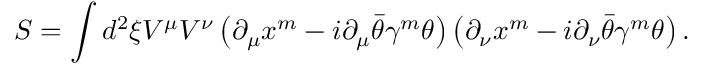
S = \int d ^ { 2 } \xi V ^ { \mu } V ^ { \nu } \left( \partial _ { \mu } x ^ { m } - i \partial _ { \mu } \bar { \theta } \gamma ^ { m } \theta \right) \left( \partial _ { \nu } x ^ { m } - i \partial _ { \nu } \bar { \theta } \gamma ^ { m } \theta \right) .